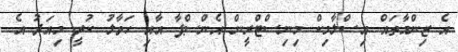
އެ ޒިންމާތައް އިސްލާމިކް މިނިސްޓްރީން އެންސްޕާ އާއި ހަވާލު ކުރީ މިއަދު އެ